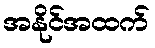
အနိုင်အထက်